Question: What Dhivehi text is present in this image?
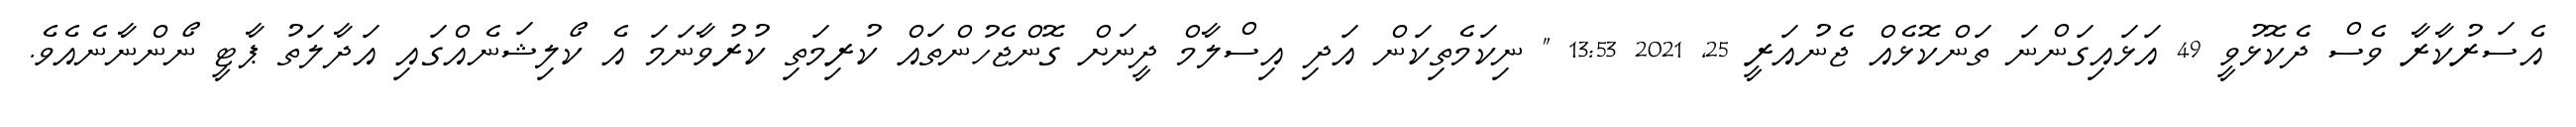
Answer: އެސަރުކާރާ ވެސް ދެކޮޅުވީ 49 އަޅައިގަންނަ ތަންކޮޅެއް ޖެނުއަރީ 25, 2021 13:53 " ނިކަމެތިކަން އަދި އިސްލާމް ދީނަށް ގޮންޖެހުންތައް ކުރިމަތި ކުރުވާނަމަ އެ ކޯލިޝަނެއްގައި އަދާލަތު ޕާޓީ ނޯންނާނެއެވެ.